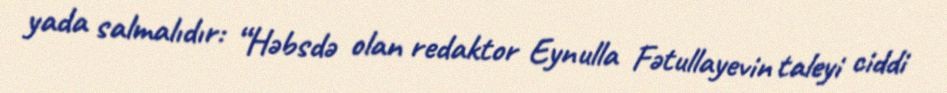
yada salmalıdır: “Həbsdə olan redaktor Eynulla Fətullayevin taleyi ciddi